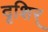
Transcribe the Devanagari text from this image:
दृशिर्